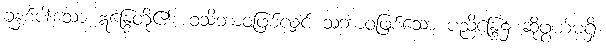
ခုနှစ်ပါးသော ဣန္ဒြေတို့၏။ ဝသိဘာဝဖြစ်လျှင် သဘာဝဖြစ်သော ပညိန္ဒြေ၌ ဆိုဖွယ်မရှိ။